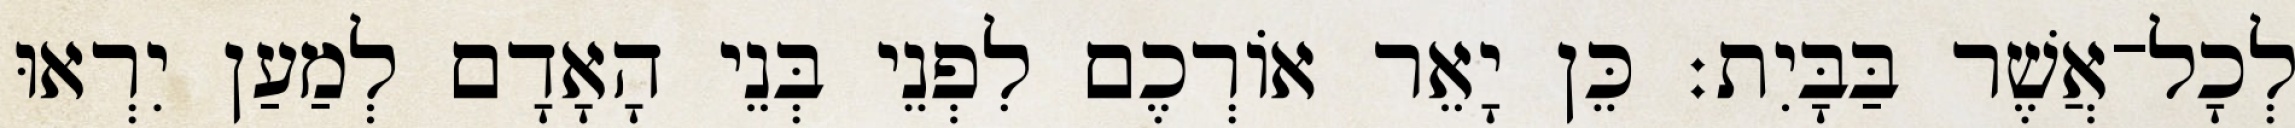
לְכָל־אֲשֶׁר בַּבָּיִת׃ כֵּן יָאֵר אוֹרְכֶם לִפְנֵי בְּנֵי הָאָדָם לְמַעַן יִרְאוּ